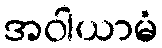
အဝါယာမံ